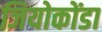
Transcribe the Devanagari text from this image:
जियोकोंडा